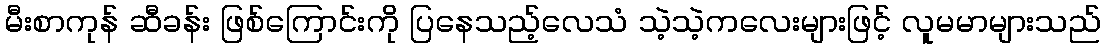
မီးစာကုန် ဆီခန်း ဖြစ်ကြောင်းကို ပြနေသည့်လေသံ သဲ့သဲ့ကလေးများဖြင့် လူမမာများသည်